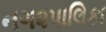
નગ૨પાલિકા